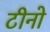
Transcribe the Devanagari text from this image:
टीनो